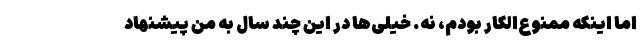
اما اینکه ممنوع‌الکار بودم، نه. خیلی‌ها در این چند سال به من پیشنهاد